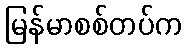
မြန်မာစစ်တပ်က